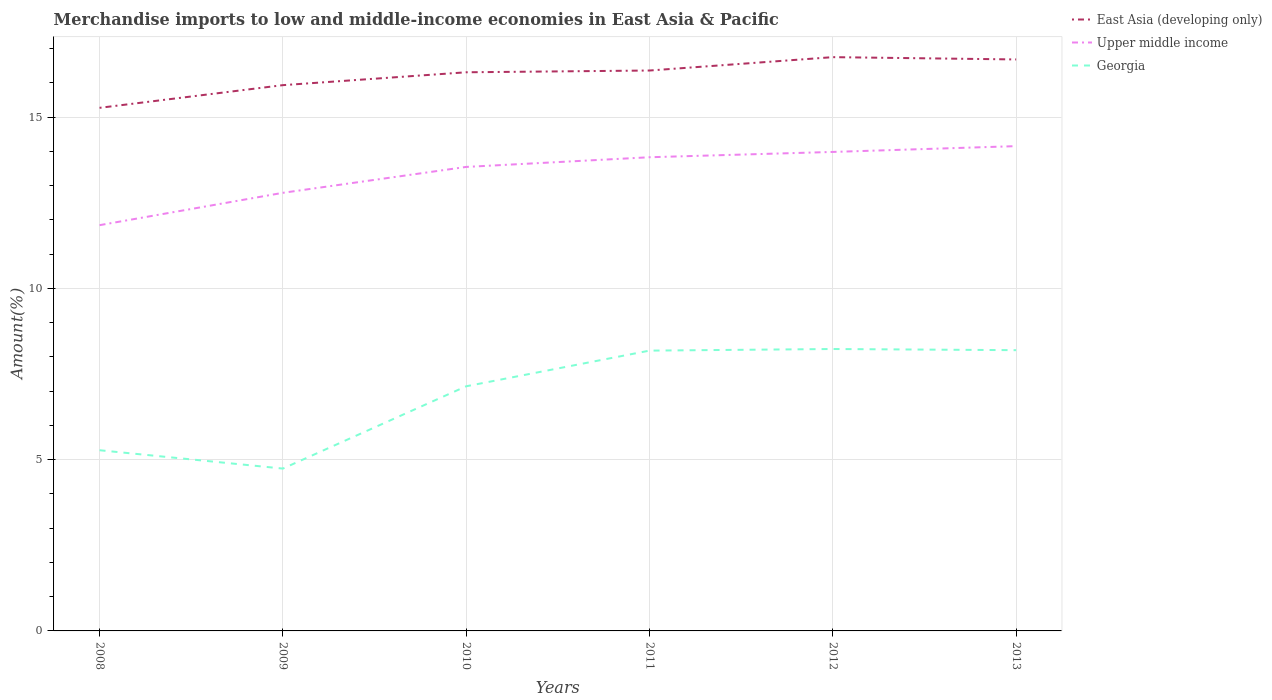
| Years | East Asia (developing only) | Upper middle income | Georgia |
 | --- | --- | --- | --- |
 | 2008 | 15.3 | 11.8 | 5.28 |
 | 2009 | 15.9 | 12.8 | 4.74 |
 | 2010 | 16.3 | 13.5 | 7.14 |
 | 2011 | 16.4 | 13.8 | 8.18 |
 | 2012 | 16.8 | 14 | 8.23 |
 | 2013 | 16.7 | 14.2 | 8.2 |